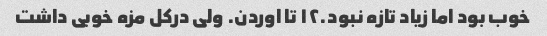
خوب بود اما زیاد تازه نبود.۱۲ تا اوردن. ولی درکل مزه خوبی داشت